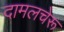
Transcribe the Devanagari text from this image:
दामलचेरू